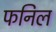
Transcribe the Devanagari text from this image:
फनिल